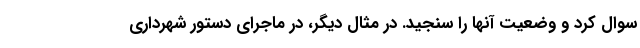
سوال کرد و وضعیت آنها را سنجید. در مثال دیگر، در ماجرای دستور شهرداری